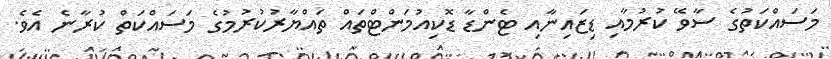
މަސައްކަތުގެ ސާވޭ ކުރުމާއި ޑިޒައިނާއި ޓެންޑާ ޑޮކިއުމަންޓްތައް ތައްޔާރުކުރުމުގެ މަސައްކަތް ކުރާނެ އެވެ.